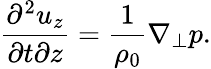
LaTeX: \frac{\partial^{2}u_{z}}{\partial t\partial z}=\frac{1}{\rho_{0}}\nabla_{\perp}p.